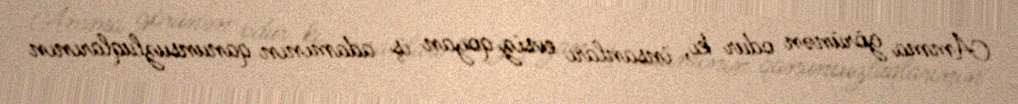
Amma görünən odur ki, insanları evsiz qoyan iş adamının qanunsuzluqlarının